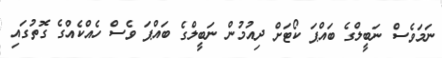
ނަމަވެސް ނަބީލްގެ ބައްޕަ ކޯޓަށް ދިއުމުން ނަބީލްގެ ބައްޕަ ވެސް ހެއްކެއްގެ ގޮތުގައި